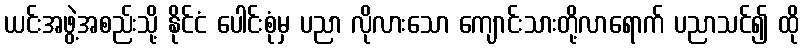
ယင်းအဖွဲ့အစည်းသို့ နိုင်ငံ ပေါင်းစုံမှ ပညာ လိုလားသော ကျောင်းသားတို့လာရောက် ပညာသင်၍ ထို